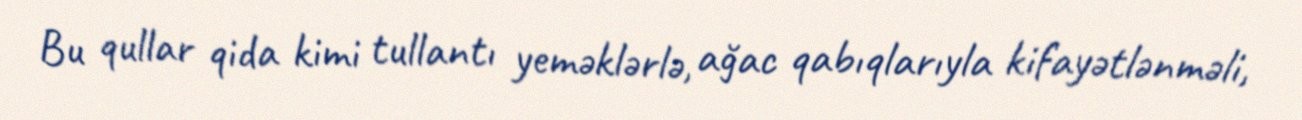
Bu qullar qida kimi tullantı yeməklərlə, ağac qabıqlarıyla kifayətlənməli,